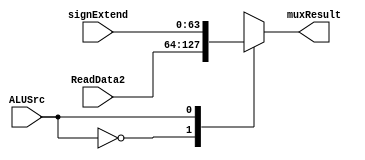
module muxALU(ReadData2, signExtend, ALUSrc, muxResult);

	input wire [63:0]ReadData2, signExtend;
	input wire ALUSrc;
	output reg [63:0] muxResult;

	always @(ReadData2, signExtend, ALUSrc) begin
		case(ALUSrc)
			0: muxResult <= ReadData2;
			1: muxResult <= signExtend;
		endcase
	end
endmodule


module ALUValues (ReadData1, muxResult, ALUCtrl, ALUResult, Zero);

	input wire [63:0]ReadData1, muxResult;
	input wire [3:0]ALUCtrl;
	output reg [63:0]ALUResult;
	output reg Zero;

	always @(*) begin
		
		if(ALUCtrl == 4'b0010)begin //funcao de soma
			ALUResult <= ReadData1 + muxResult;
		end
		else if(ALUCtrl == 4'b0000)begin //funcao de and
			ALUResult <= ReadData1 & muxResult;
		end
		else if(ALUCtrl == 4'b0001)begin //funcao de or
			ALUResult <= ReadData1 | muxResult;
		end
		else if(ALUCtrl == 4'b0110)begin //funcao de sub
			ALUResult <= ReadData1 - muxResult;
		end

		if(ALUResult == 0) begin
			Zero <= 1;
		end
		else begin
			Zero <= 0;
		end
	end
endmodule